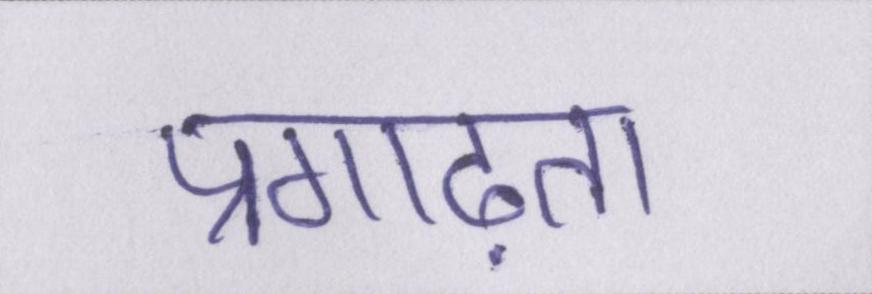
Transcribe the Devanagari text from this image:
प्रगाढ़ता